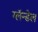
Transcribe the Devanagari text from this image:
ग्लॅन्डेल